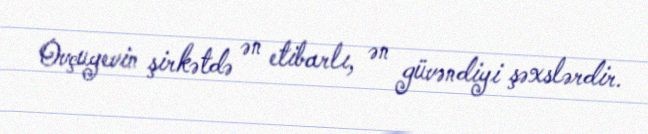
Ovçuyevin şirkətdə ən etibarlı, ən güvəndiyi şəxslərdir.